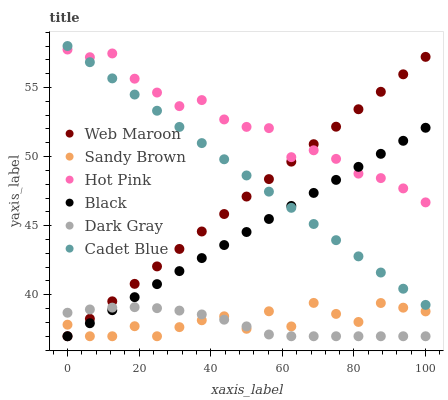
| xaxis_label | Web Maroon | Sandy Brown | Hot Pink | Black | Dark Gray | Cadet Blue |
 | --- | --- | --- | --- | --- | --- | --- |
 | 0 | 37 | 37.8 | 57.7 | 37 | 38.7 | 58 |
 | 6.25 | 38.3 | 37 | 57.2 | 37.9 | 38.9 | 56.8 |
 | 12.5 | 39.5 | 37 | 57.5 | 38.9 | 39.1 | 55.7 |
 | 18.8 | 40.8 | 37.7 | 55.6 | 39.8 | 39.1 | 54.5 |
 | 25 | 42.1 | 37 | 54.6 | 40.8 | 39 | 53.3 |
 | 31.2 | 43.3 | 37.7 | 53.7 | 41.7 | 38.9 | 52.1 |
 | 37.5 | 44.6 | 38.2 | 54.1 | 42.7 | 38.6 | 51 |
 | 43.8 | 45.8 | 38.4 | 52.7 | 43.6 | 38.2 | 49.8 |
 | 50 | 47.1 | 37.5 | 52.1 | 44.5 | 37.7 | 48.6 |
 | 56.2 | 48.4 | 38.8 | 52.1 | 45.5 | 37.1 | 47.5 |
 | 62.5 | 49.6 | 37.7 | 50 | 46.4 | 37 | 46.3 |
 | 68.8 | 50.9 | 39.4 | 50.5 | 47.4 | 37 | 45.1 |
 | 75 | 52.2 | 38.6 | 49.8 | 48.3 | 37 | 44 |
 | 81.2 | 53.4 | 38 | 48.8 | 49.3 | 37 | 42.8 |
 | 87.5 | 54.7 | 39.4 | 48.4 | 50.2 | 37 | 41.6 |
 | 93.8 | 56 | 39.1 | 47.7 | 51.1 | 37 | 40.4 |
 | 100 | 57.2 | 38.8 | 46.7 | 52.1 | 37 | 39.3 |